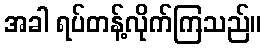
အခါ ရပ်တန့်လိုက်ကြသည်။